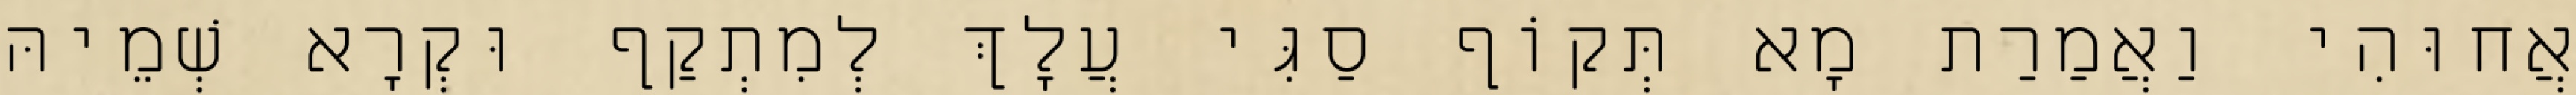
אֲחוּהִי וַאֲמַרַת מָא תְּקוֹף סַגִּי עֲלָךְ לְמִתְקַף וּקְרָא שְׁמֵיהּ